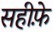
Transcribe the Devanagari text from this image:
सहीफे़